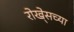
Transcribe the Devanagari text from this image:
रोखे्सच्या